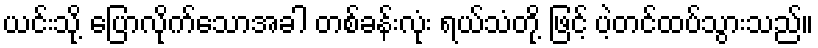
ယင်းသို့ ပြောလိုက်သောအခါ တစ်ခန်းလုံး ရယ်သံတို့ ဖြင့် ပဲ့တင်ထပ်သွားသည်။